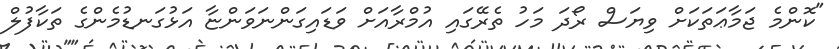
"ކޮންމެ ޖަމާޢަތަކަށް ވިޔަސް ރޯދަ މަހު ތެރޭގައި އުމްރާއަށް ވަޑައިގަންނަވަންޏާ އަޅުގަނޑުމެންގެ ތަކާފުލް